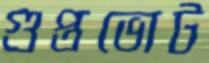
গুপ্তভোট